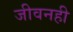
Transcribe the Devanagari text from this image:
जीवनही